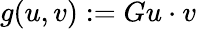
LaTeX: g(u,v):=Gu\cdot v